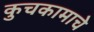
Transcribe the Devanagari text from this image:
कुचकामाचे